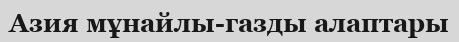
Азия мұнайлы-газды алаптары